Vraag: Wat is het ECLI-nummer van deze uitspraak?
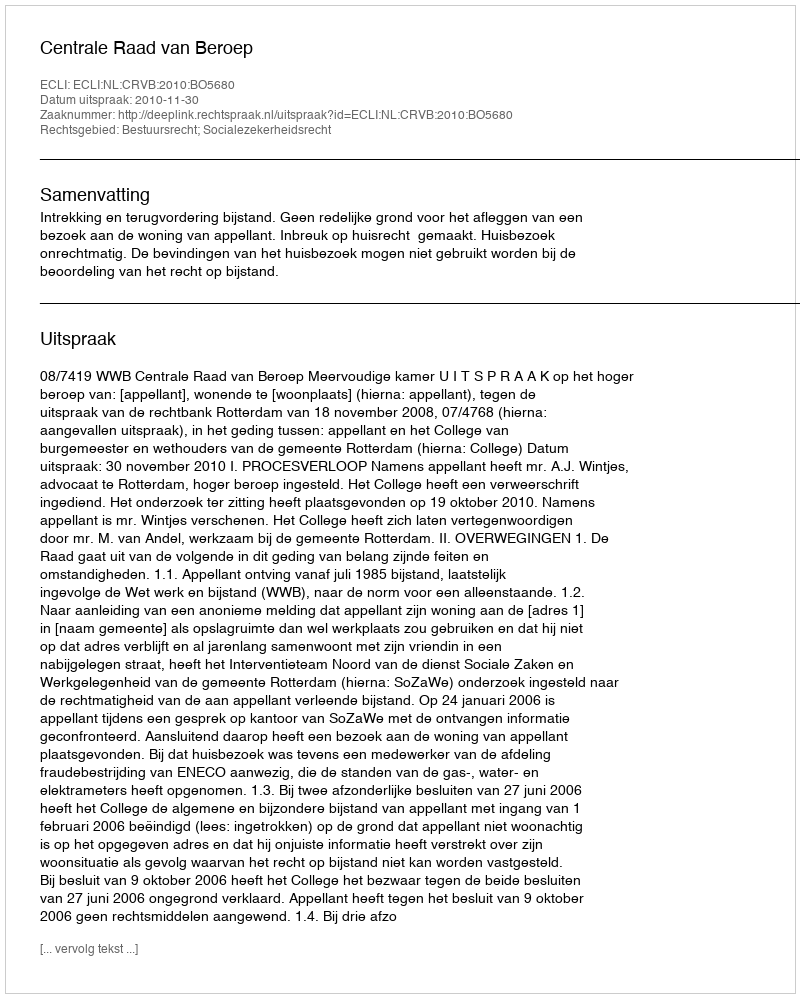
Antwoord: ECLI:NL:CRVB:2010:BO5680